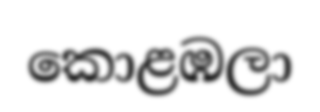
කොළඹලා